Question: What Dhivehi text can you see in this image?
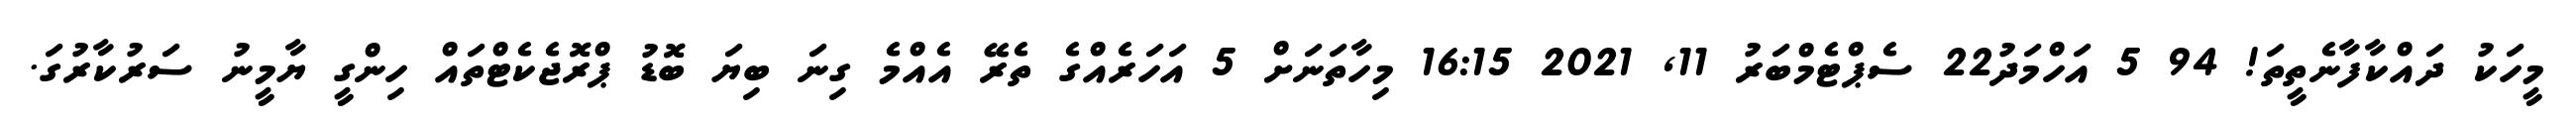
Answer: މީހަކު ދައްކާފާނެތީތަ! 94 5 އަހްމަދު22 ސެޕްޓެމްބަރު 11, 2021 16:15 މިހާތަނަށް 5 އަހަރެއްގެ ތެރޭ އެއްމެ ގިނަ ބިޔަ ބޮޑު ޕްރޮޖެކެޓްތައް ހިންގީ ޔާމީނު ސަރުކާރުގަ.